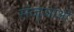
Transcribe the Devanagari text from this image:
संज्ञाओें